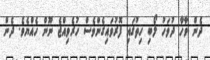
ދެން ވާހާ ދުވަހު ލޯބި ހިތުގައި ފޮރުވައިގެންވެސް ހުރެވިއްޖެ ނޫން ހެއްޔެވެ. ދެން